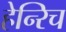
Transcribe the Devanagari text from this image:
हेन्‍रिच